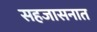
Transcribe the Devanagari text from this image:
सहजासनात